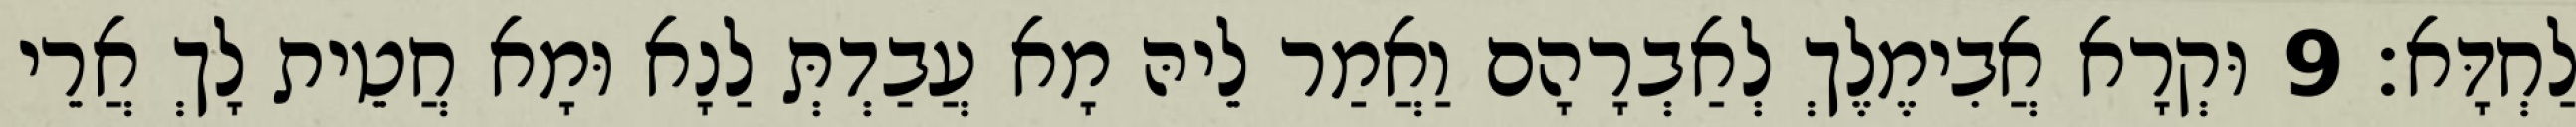
לַחְדָּא׃ 9 וּקְרָא אֲבִימֶלֶךְ לְאַבְרָהָם וַאֲמַר לֵיהּ מָא עֲבַדְתְּ לַנָא וּמָא חֲטֵית לָךְ אֲרֵי